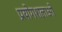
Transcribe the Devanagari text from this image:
प्रयोगशलाओं